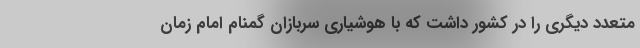
متعدد دیگری را در کشور داشت که با هوشیاری سربازان گمنام امام زمان